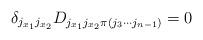
LaTeX: \begin{align*} \delta_{j_{x_1} j_{x_2}}D_{j_{x_1} j_{x_2} \pi(j_3 \cdots j_{n-1})} = 0\end{align*}